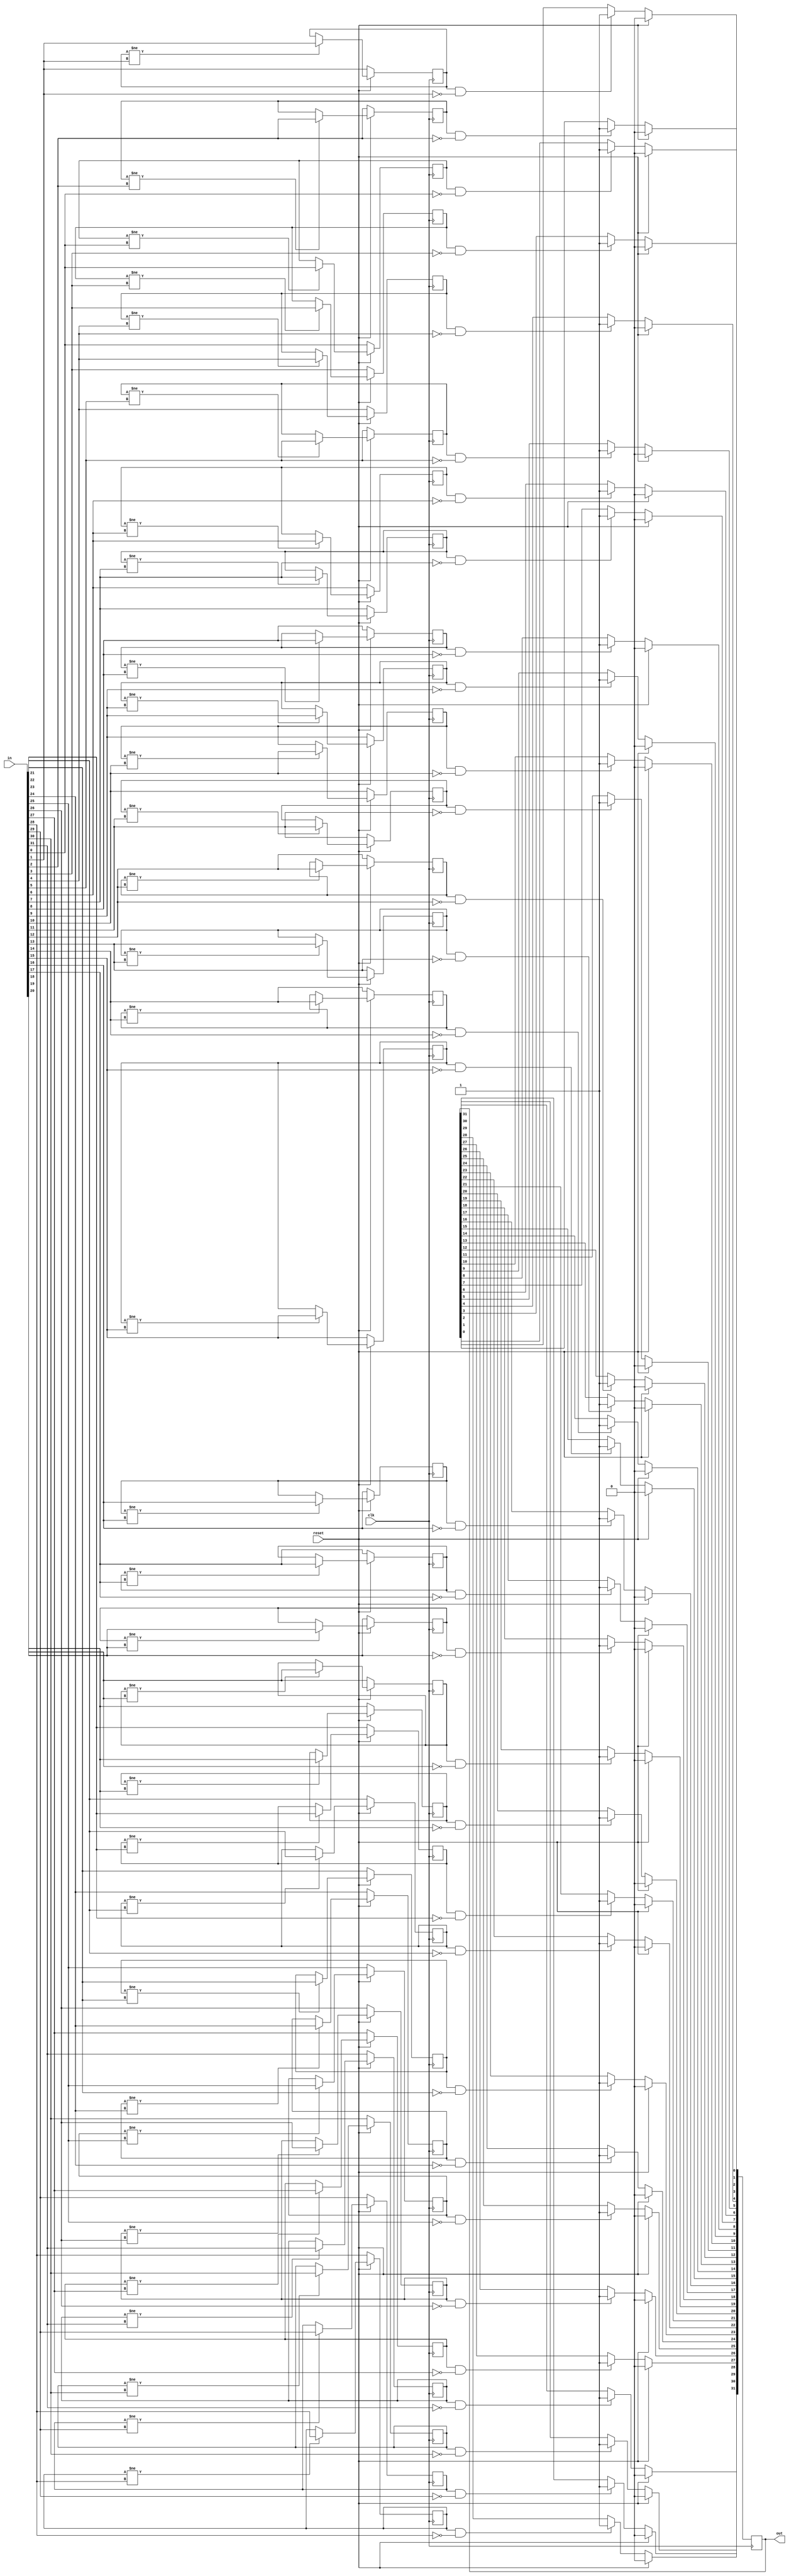
module top_module (
    input clk,
    input reset,
    input [31:0] in,
    output [31:0] out
);	
    reg temp[31:0];
    integer i;
    always @(posedge clk) begin
        if(reset)begin
            out<=32'b0;
            for(i=0;i<32;i=i+1)begin
            	if(temp[i]!=in[i])begin
                temp[i]<=in[i];
                end
            end
        end
        else begin
            for(i=0;i<32;i=i+1)begin
                if(temp[i]==1&in[i]==0)begin
               	temp[i]<=in[i];
                    out[i]<=1'b1;
                end
                else begin
                out[i]<=out[i];
                temp[i]<=in[i];
                end
            end
        end
    end
        
	
endmodule